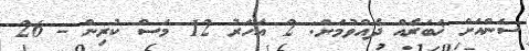
ސަންއަށް ޚަބަރެއް ދެއްވުމަށް: 2 އަހަރު 12 މަސް ކުރިން - 26